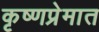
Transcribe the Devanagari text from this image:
कृष्णप्रेमात